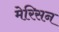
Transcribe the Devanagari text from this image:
मेरिसन